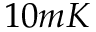
1 0 m K